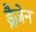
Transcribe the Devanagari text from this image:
ड्रैज़ेन